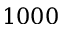
1 0 0 0